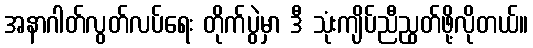
အနာဂါတ်လွတ်လပ်ရေး တိုက်ပွဲမှာ ဒီ သုံးကျိပ်ညီညွတ်ဖို့လိုတယ်။